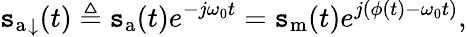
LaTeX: {\mathtt{s}_{\mathrm{{a}}}}_{\downarrow}(t)\triangleq\mathtt{s}_{\mathrm{{a}}}(t)e^{-j\omega_{0}t}=\mathtt{s}_{\mathrm{{m}}}(t)e^{j(\phi(t)-\omega_{0}t)},